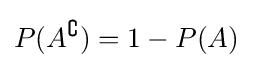
P(A^{\complement })=1-P(A)